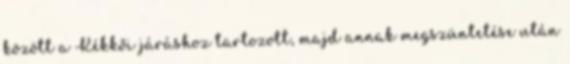
között a Kékkői járáshoz tartozott, majd annak megszüntetése után